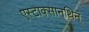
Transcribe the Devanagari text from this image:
एस्टाक्सानथिन